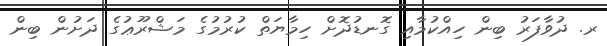
ރ. ދުވާފަރު ބިން ހިއްކުމާއި ގޮނޑުދޮށް ހިމާޔަތް ކުރުމުގެ މަޝްރޫޢުގެ ދަށުން ބިން